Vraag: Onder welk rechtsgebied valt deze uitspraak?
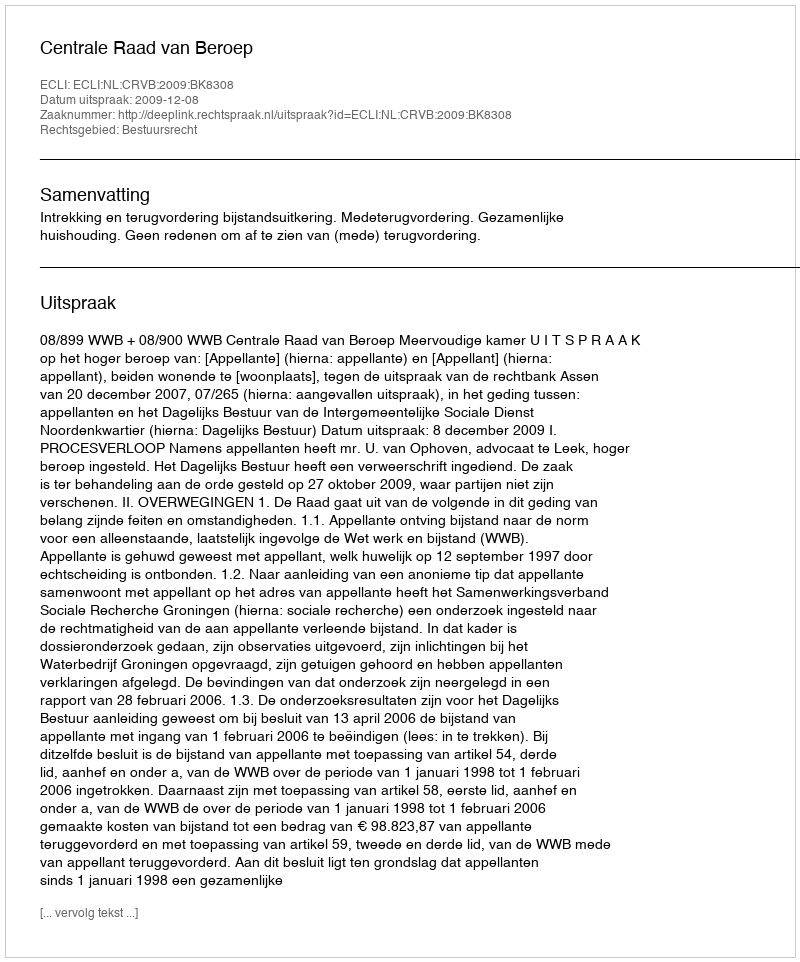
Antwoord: Bestuursrecht